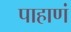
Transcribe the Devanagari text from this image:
पाहाणं